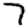
Digit: 7